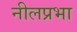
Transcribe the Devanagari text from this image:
नीलप्रभा